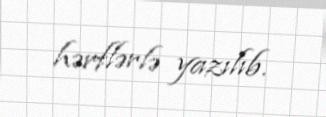
hərflərlə yazılıb.